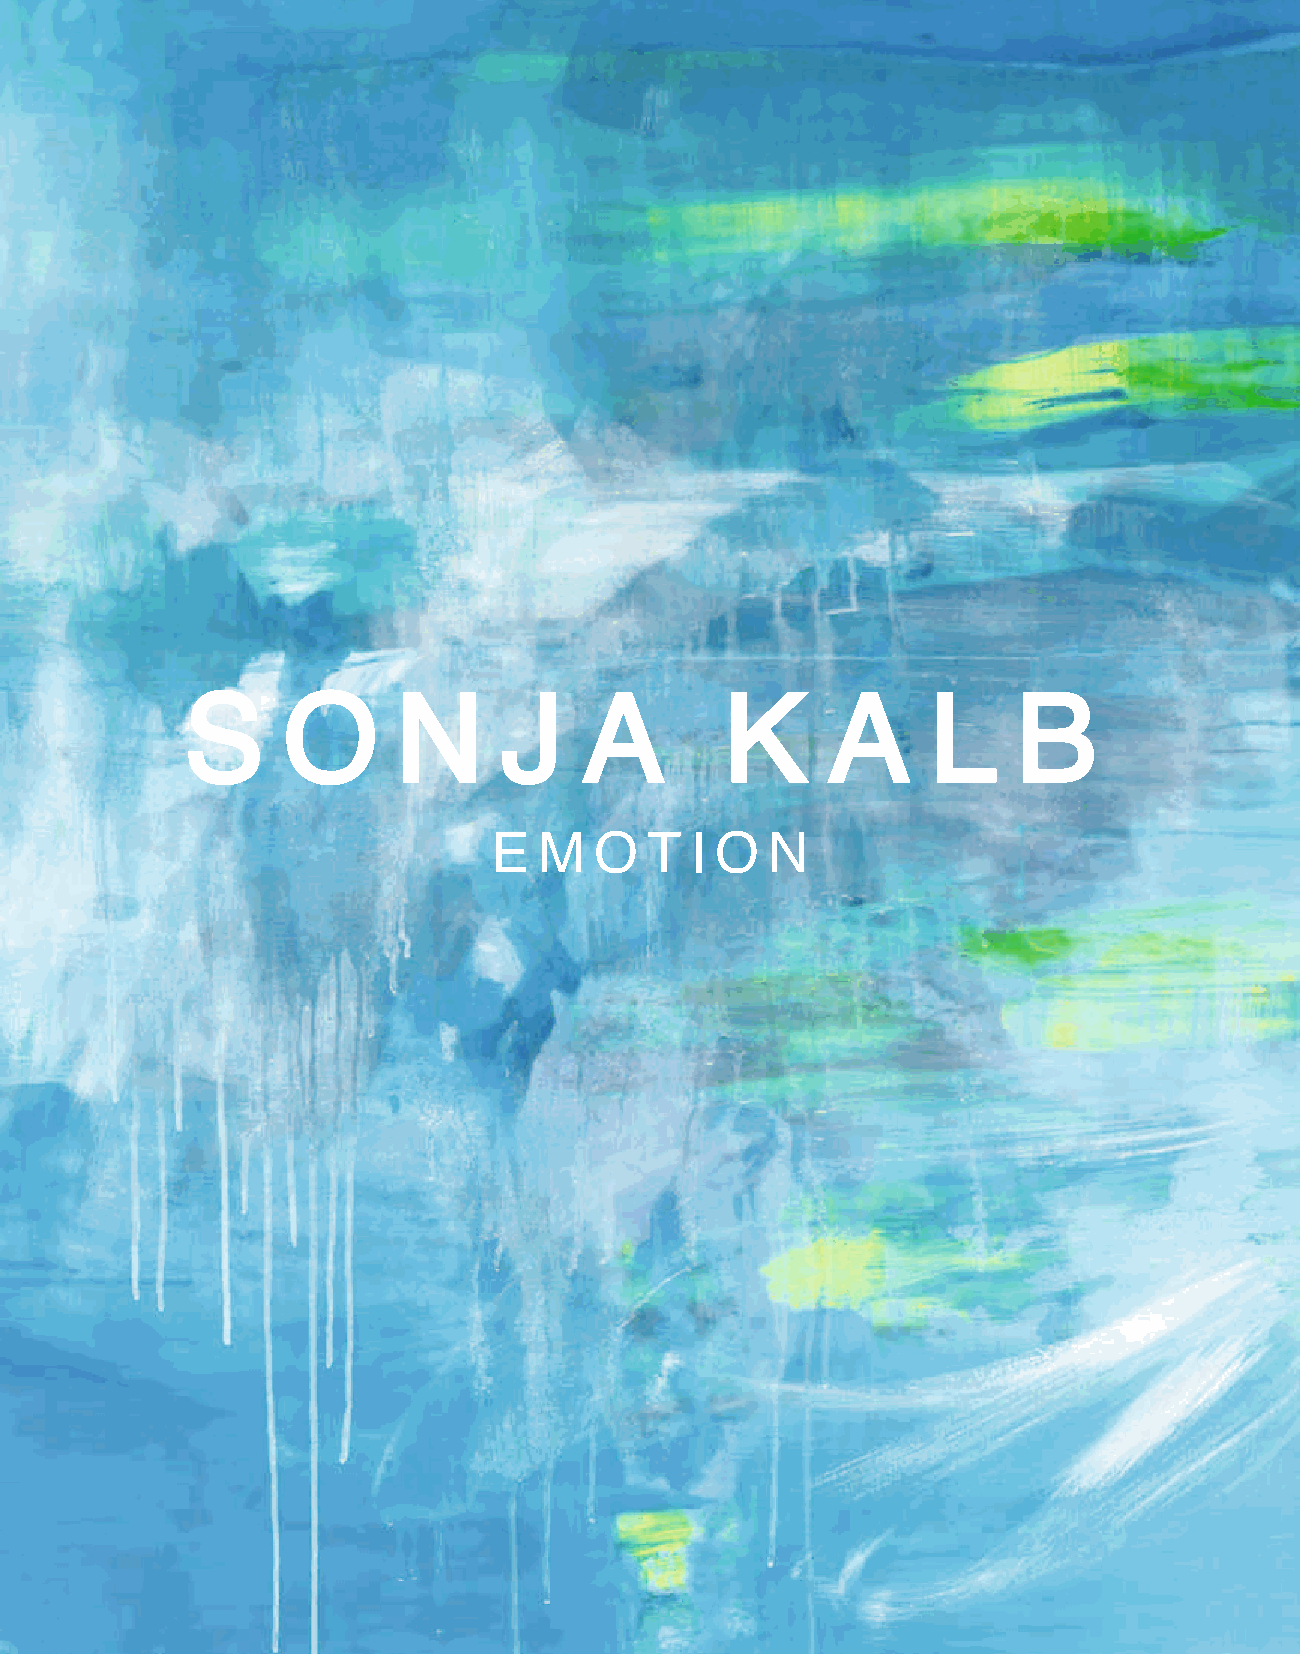
S      O      N      J     A        K      A      L    B
 E  mOt     IO   N